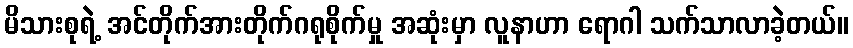
မိသားစုရဲ့ အင်တိုက်အားတိုက်ဂရုစိုက်မှု အဆုံးမှာ လူနာဟာ ရောဂါ သက်သာလာခဲ့တယ်။